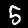
Digit: 5